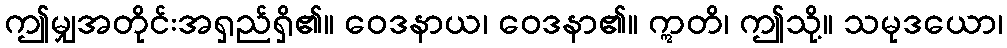
ဤမျှအတိုင်းအရှည်ရှိ၏။ ဝေဒနာယ၊ ဝေဒနာ၏။ ဣတိ၊ ဤသို့။ သမုဒယော၊